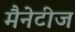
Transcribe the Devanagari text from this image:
मैनेटीज